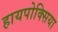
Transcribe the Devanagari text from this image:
हायपोक्सिया